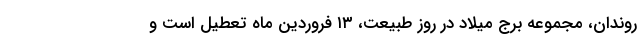
روندان، مجموعه برج میلاد در روز طبیعت، ۱۳ فروردین ماه تعطیل است و